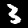
Digit: 3